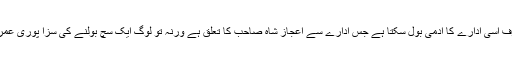
یہ سچ صرف اسی ادارے کا آدمی بول سکتا ہے جس ادارے سے اعجاز شاہ صاحب کا تعلق ہے ورنہ تو لوگ ایک سچ بولنے کی سزا پوری عمر پاتے ہیں۔